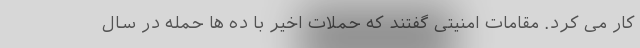
کار می کرد. مقامات امنیتی گفتند که حملات اخیر با ده ها حمله در سال